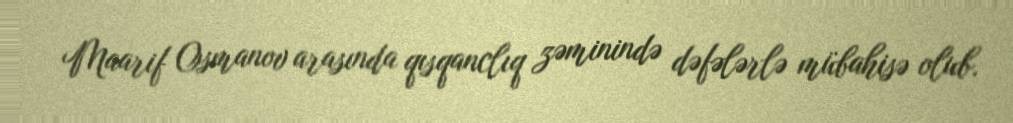
Maarif Osmanov arasında qısqanclıq zəminində dəfələrlə mübahisə olub.